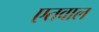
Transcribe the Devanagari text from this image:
एतवाल